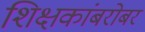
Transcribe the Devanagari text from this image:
शिक्षकांबरोबर